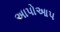
અાપોઆપ